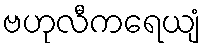
ဗဟုလီကရေယျံ